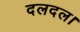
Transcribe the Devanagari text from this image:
दलदल।